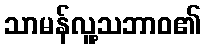
သာမန်လူ့သဘာဝ၏